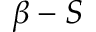
\beta - S